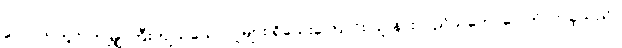
လောကတွင် ဤမျှ ကြီးကျယ်သောလူများ ရှိသေးကြောင်း သူ နားလည်သဘောပေါက်လာခဲ့သည်။